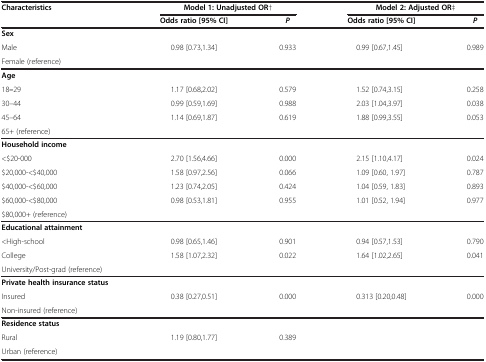
<table><thead><tr><td><b>Characteristics</b></td><td colspan="2"><b>Model 1: Unadjusted OR†</b></td><td colspan="2"><b>Model 2: Adjusted OR‡</b></td></tr><tr><td><b> </b></td><td><b>Odds ratio [95% CI]</b></td><td><b><i>P</i></b></td><td><b>Odds ratio [95% CI]</b></td><td><b><i>P</i></b></td></tr></thead><tbody><tr><td><b>Sex</b></td><td> </td><td> </td><td> </td><td> </td></tr><tr><td>Male</td><td>0.98 [0.73,1.34]</td><td>0.933</td><td>0.99 [0.67,1.45]</td><td>0.989</td></tr><tr><td>Female (reference)</td><td> </td><td> </td><td> </td><td> </td></tr><tr><td><b>Age</b></td><td> </td><td> </td><td> </td><td> </td></tr><tr><td>18<b>–</b>29</td><td>1.17 [0.68,2.02]</td><td>0.579</td><td>1.52 [0.74,3.15]</td><td>0.258</td></tr><tr><td>30–44</td><td>0.99 [0.59,1.69]</td><td>0.988</td><td>2.03 [1.04,3.97]</td><td>0.038</td></tr><tr><td>45–64</td><td>1.14 [0.69,1.87]</td><td>0.619</td><td>1.88 [0.99,3.55]</td><td>0.053</td></tr><tr><td>65+ (reference)</td><td> </td><td> </td><td> </td><td> </td></tr><tr><td><b>Household income</b></td><td> </td><td> </td><td> </td><td> </td></tr><tr><td>&lt;$20-000</td><td>2.70 [1.56,4.66]</td><td>0.000</td><td>2.15 [1.10,4.17]</td><td>0.024</td></tr><tr><td>$20,000-&lt;$40,000</td><td>1.58 [0.97,2.56]</td><td>0.066</td><td>1.09 [0.60, 1.97]</td><td>0.787</td></tr><tr><td>$40,000-&lt;$60,000</td><td>1.23 [0.74,2.05]</td><td>0.424</td><td>1.04 [0.59, 1.83]</td><td>0.893</td></tr><tr><td>$60,000-&lt;$80,000</td><td>0.98 [0.53,1.81]</td><td>0.955</td><td>1.01 [0.52, 1.94]</td><td>0.977</td></tr><tr><td>$80,000+ (reference)</td><td> </td><td> </td><td> </td><td> </td></tr><tr><td><b>Educational attainment</b></td><td> </td><td> </td><td> </td><td> </td></tr><tr><td>&lt;High-school</td><td>0.98 [0.65,1.46]</td><td>0.901</td><td>0.94 [0.57,1.53]</td><td>0.790</td></tr><tr><td>College</td><td>1.58 [1.07,2.32]</td><td>0.022</td><td>1.64 [1.02,2.65]</td><td>0.041</td></tr><tr><td>University/Post-grad (reference)</td><td> </td><td> </td><td> </td><td> </td></tr><tr><td><b>Private health insurance status</b></td><td> </td><td> </td><td> </td><td> </td></tr><tr><td>Insured</td><td>0.38 [0.27,0.51]</td><td>0.000</td><td>0.313 [0.20,0.48]</td><td>0.000</td></tr><tr><td>Non-insured (reference)</td><td> </td><td> </td><td> </td><td> </td></tr><tr><td><b>Residence status</b></td><td> </td><td> </td><td> </td><td> </td></tr><tr><td>Rural</td><td>1.19 [0.80,1.77]</td><td>0.389</td><td colspan="2"> </td></tr><tr><td>Urban (reference)</td><td> </td><td> </td><td> </td><td> </td></tr></tbody></table>